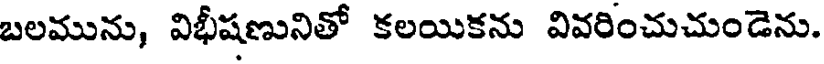
బలమును, విభీషణునితో కలయికను వివరించుచుండెను.